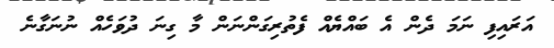
އަރައިފި ނަމަ ދެން އެ ބައްޔެއް ފެތުރިގަންނަން މާ ގިނަ ދުވަހެއް ނުނަގާނެ